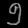
Digit: ၅